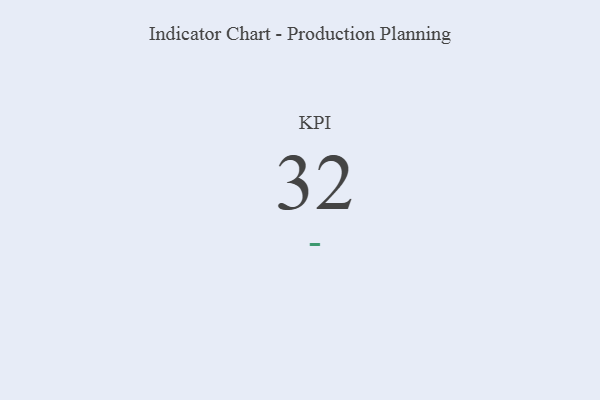
{"axis": {"x": "KPI", "y": "Value"}, "legend": [""], "data": [{"x": "KPI", "y": 32, "type": ""}]}